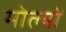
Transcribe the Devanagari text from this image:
मोल्यों